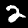
Label: 2